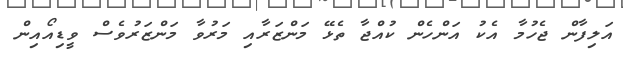
އަލިފާން ޖެހުމާ އެކު އަންހެން ކުއްޖާ ތެޅޭ މަންޒަރާއި މަރުވާ މަންޒަރުވެސް ވީޑިއޯއިން